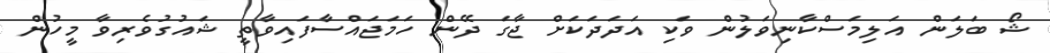
ޝޯ ބަލަން އަލިމަސްކާނިވަލުން ވަކި އަދަދަކަށް ޖާގަ ދޭން ހަމަޖައްސާފައިވާތީ ޝައުގުވެރިވާ މީހުން